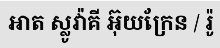
អាត ស្លូវ៉ាគី អ៊ុយក្រែន / រ៉ូ